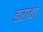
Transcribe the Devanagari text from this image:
डरावा